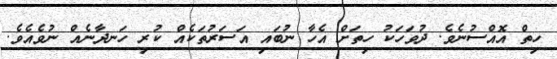
ހިތް އޮއްސުނެވެ. ދުވަހަކު ހިތަށް އެހާ ނުބައި އަސަރުތަކެއް ކުރި ހަނދާނެއް ނުވެއެވެ.